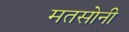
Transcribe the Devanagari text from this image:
मतसोनी